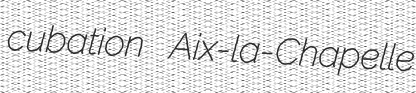
cubation Aix-la-Chapelle